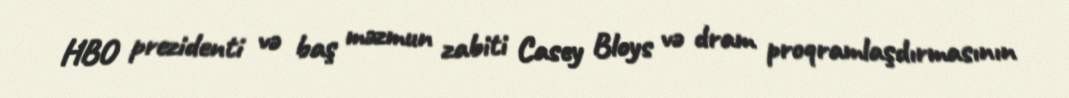
HBO prezidenti və baş məzmun zabiti Casey Bloys və dram proqramlaşdırmasının